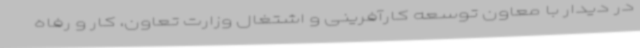
در دیدار با معاون توسعه کارآفرینی و اشتغال وزارت تعاون، کار و رفاه